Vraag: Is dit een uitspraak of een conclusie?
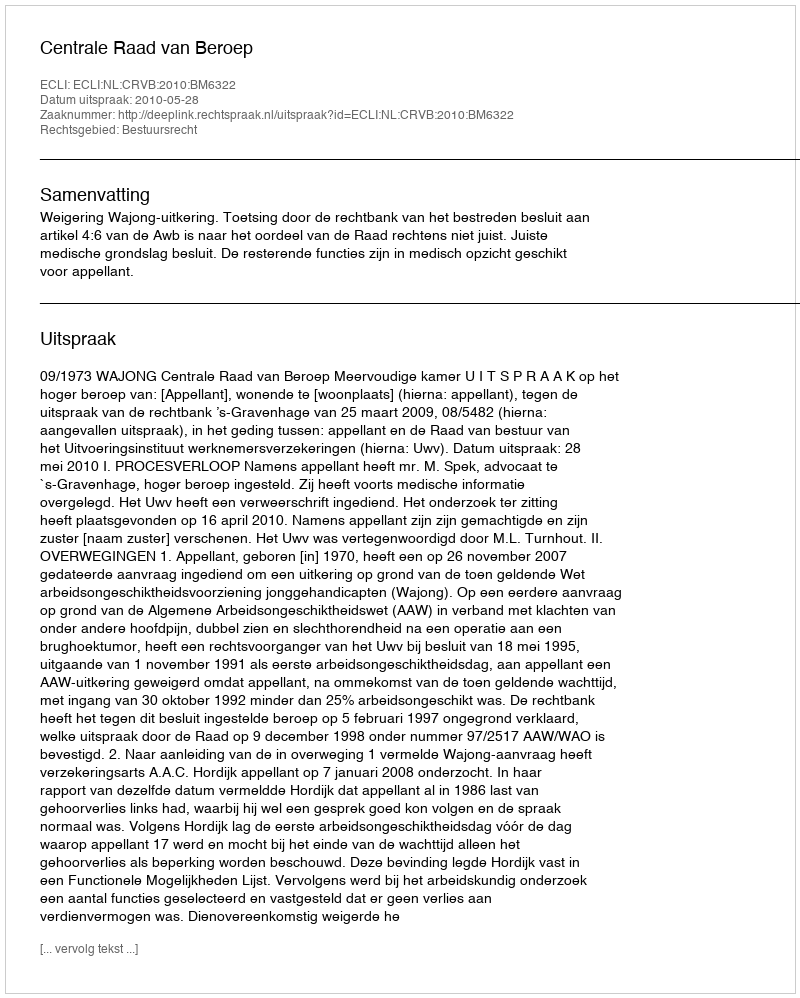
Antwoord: Uitspraak